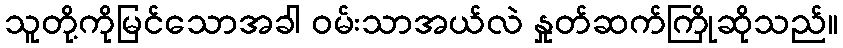
သူတို့ကိုမြင်သောအခါ ဝမ်းသာအယ်လဲ နှုတ်ဆက်ကြိုဆိုသည်။